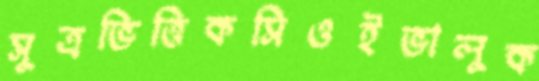
সূত্রভিত্তিকসিওইভালুক